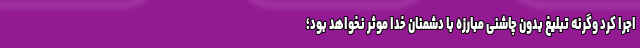
اجرا کرد وگرنه تبلیغ بدون چاشنی مبارزه با دشمنان خدا موثر نخواهد بود؛